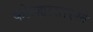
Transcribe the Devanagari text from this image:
कोल्ह्यासारखे